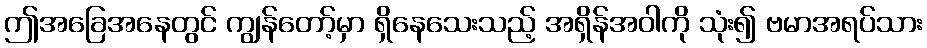
ဤအခြေအနေတွင် ကျွန်တော့်မှာ ရှိနေသေးသည့် အရှိန်အဝါကို သုံး၍ ဗမာအရပ်သား